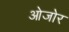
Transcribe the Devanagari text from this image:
ओजोर